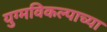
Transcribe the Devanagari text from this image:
युग्मविकल्पाच्या